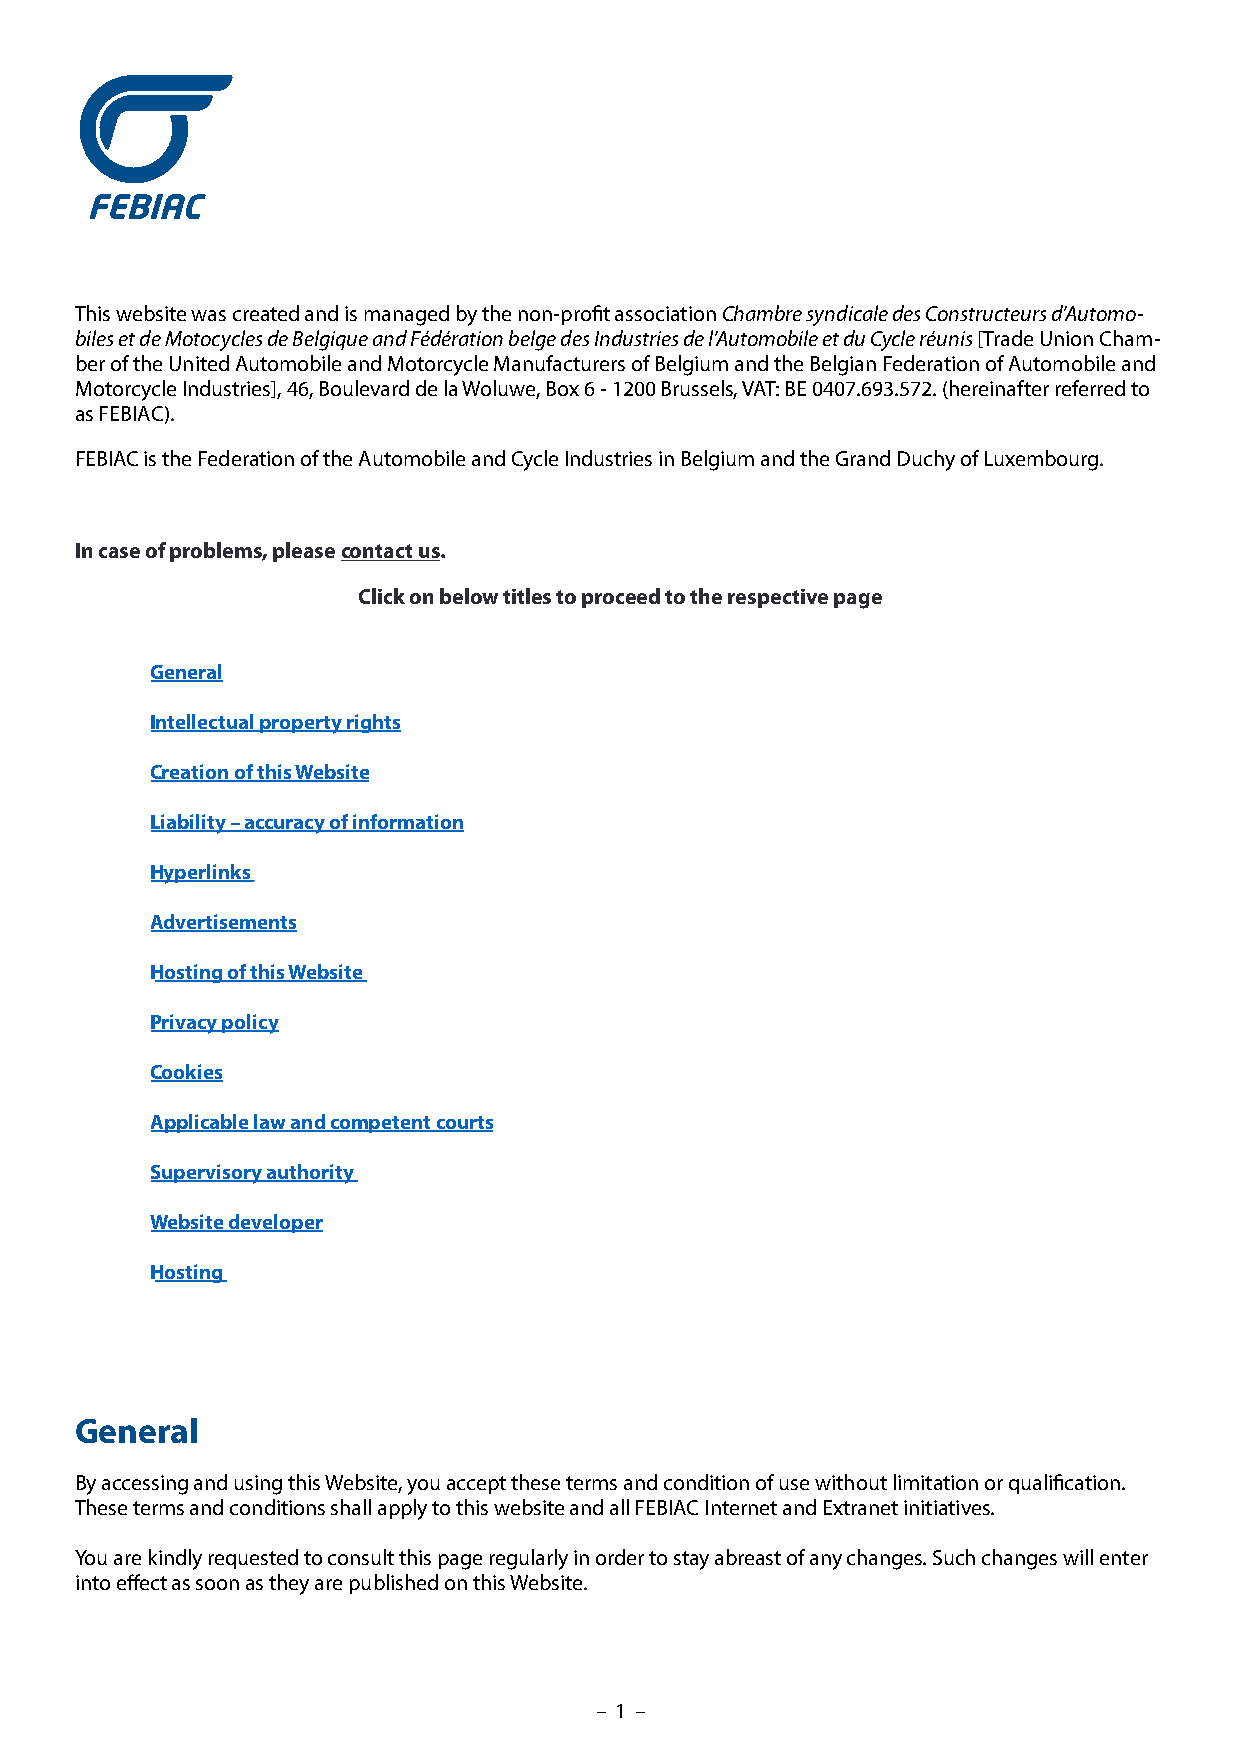
This website was created and is managed by the non-profit association Chambre syndicale des Constructeurs d’Automo-
 biles et de Motocycles de Belgique and Fédération belge des Industries de l’Automobile et du Cycle réunis [Trade Union Cham-
 ber of the United Automobile and Motorcycle Manufacturers of Belgium and the Belgian Federation of Automobile and
 Motorcycle Industries], 46, Boulevard de la Woluwe, Box 6 - 1200 Brussels, VAT: BE 0407.693.572. (hereinafter referred to
 as FEBIAC).
 FEBIAC is the Federation of the Automobile and Cycle Industries in Belgium and the Grand Duchy of Luxembourg.
 In case of problems, please contact us.
 Click on below titles to proceed to the respective page
 General
 Intellectual property rights
 Creation of this Website
 Liability – accuracy of information
 Hyperlinks
 Advertisements
 Hosting of this Website
 Privacy policy
 Cookies
 Applicable law and competent courts
 Supervisory authority
 Website developer
 Hosting
 General
 By accessing and using this Website, you accept these terms and condition of use without limitation or qualification.
 These terms and conditions shall apply to this website and all FEBIAC Internet and Extranet initiatives.
 You are kindly requested to consult this page regularly in order to stay abreast of any changes. Such changes will enter
 into effect as soon as they are published on this Website.
 – 1 –